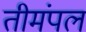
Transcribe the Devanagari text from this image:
तीमंपल